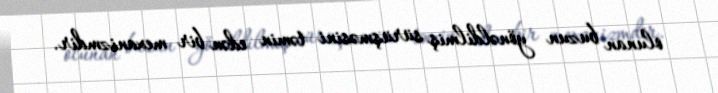
olunan buzun yönəldilmiş sürüşməsini təmin edən bir mexanizmdir.